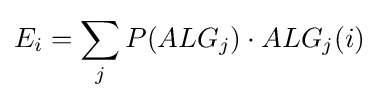
E_{i}=\sum _{j}P(ALG_{j})\cdot ALG_{j}(i)